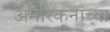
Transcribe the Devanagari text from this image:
अमेरिकनांच्या